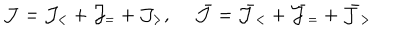
LaTeX: { \cal J } = { \cal J } _ { < } + { \cal J } _ { = } + { \cal J } _ { > } , ~ ~ \bar { \cal J } = \bar { \cal J } _ { < } + \bar { \cal J } _ { = } + \bar { \cal J } _ { > }